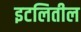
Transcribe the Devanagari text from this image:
इटलितील